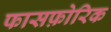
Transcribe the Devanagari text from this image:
फासफ़ोरिक